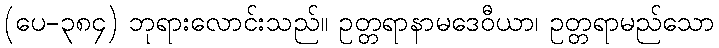
(ပေ-၃၈၄) ဘုရားလောင်းသည်။ ဥတ္တရာနာမဒေဝီယာ၊ ဥတ္တရာမည်သော